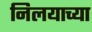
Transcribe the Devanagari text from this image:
निलयाच्या